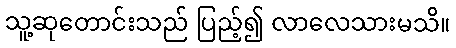
သူ့ဆုတောင်းသည် ပြည့်၍ လာလေသားမသိ။